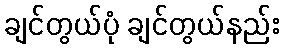
ချင်တွယ်ပုံ ချင်တွယ်နည်း